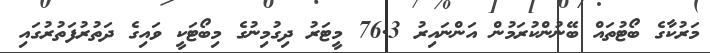
މަރުކާގެ ބޯޓުތައް ބޭނުންކުރަމުން އަންނައިރު 76.3 މީޓަރު ދިގުމިނުގެ މިބޯޓަކީ ވައިގެ ދަތުރުފަތުރުގައި